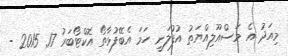
މިއަދު އެ މަސްއޫލިއްޔަތު އުފުލަނީ ހަމަ އެބޭފުޅާތޯ އޮކްޓޯބަރު 17